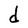
Character: d